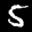
Label: 5